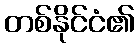
တစ်နိုင်ငံ၏